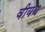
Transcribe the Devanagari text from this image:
वीयथ